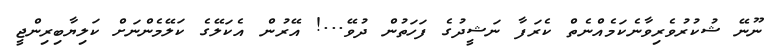
ނޫނޭ ޝުކުރުވެރިވާނެކަމެއްނެތް ކެރަފާ ނަޝީދުގެ ފަހަތުން ދުވޭ...! އޭރުން އެކަލޭގެ ކަލޭމެންނަށް ކަލިޔާބިރިންޖީ